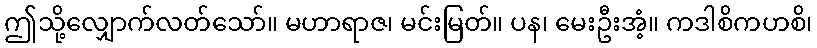
ဤသို့လျှောက်လတ်သော်။ မဟာရာဇ၊ မင်းမြတ်။ ပန၊ မေးဦးအံ့။ ကဒါစိကဟစိ၊